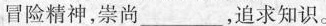
冒险精神，崇尚___，追求知识。